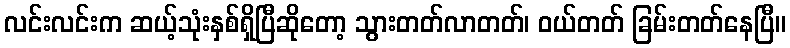
လင်းလင်းက ဆယ့်သုံးနှစ်ရှိပြီဆိုတော့ သွားတတ်လာတတ်၊ ဝယ်တတ် ခြမ်းတတ်နေပြီ။